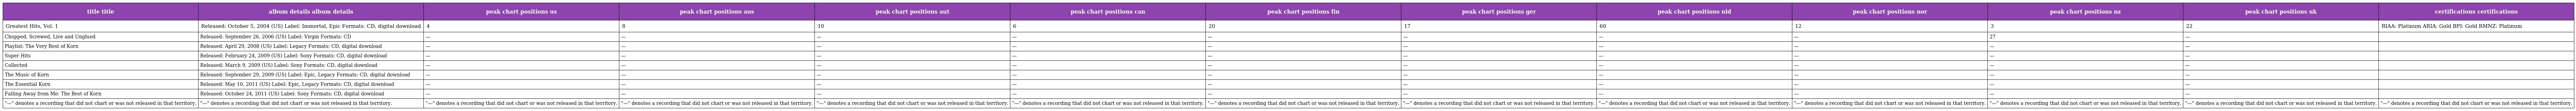
| title title | album details album details | peak chart positions us | peak chart positions aus | peak chart positions aut | peak chart positions can | peak chart positions fin | peak chart positions ger | peak chart positions nld | peak chart positions nor | peak chart positions nz | peak chart positions uk | certifications certifications |
 | --- | --- | --- | --- | --- | --- | --- | --- | --- | --- | --- | --- | --- |
 | Greatest Hits, Vol. 1 | Released: October 5, 2004 (US) Label: Immortal, Epic Formats: CD, digital download | 4 | 8 | 10 | 6 | 20 | 17 | 60 | 12 | 3 | 22 | RIAA: Platinum ARIA: Gold BPI: Gold RMNZ: Platinum |
 | Chopped, Screwed, Live and Unglued | Released: September 26, 2006 (US) Label: Virgin Formats: CD | — | — | — | — | — | — | — | — | 27 | — |  |
 | Playlist: The Very Best of Korn | Released: April 29, 2008 (US) Label: Legacy Formats: CD, digital download | — | — | — | — | — | — | — | — | — | — |  |
 | Super Hits | Released: February 24, 2009 (US) Label: Sony Formats: CD, digital download | — | — | — | — | — | — | — | — | — | — |  |
 | Collected | Released: March 9, 2009 (US) Label: Sony Formats: CD, digital download | — | — | — | — | — | — | — | — | — | — |  |
 | The Music of Korn | Released: September 29, 2009 (US) Label: Epic, Legacy Formats: CD, digital download | — | — | — | — | — | — | — | — | — | — |  |
 | The Essential Korn | Released: May 10, 2011 (US) Label: Epic, Legacy Formats: CD, digital download | — | — | — | — | — | — | — | — | — | — |  |
 | Falling Away from Me: The Best of Korn | Released: October 24, 2011 (US) Label: Sony Formats: CD, digital download | — | — | — | — | — | — | — | — | — | — |  |
 | "—" denotes a recording that did not chart or was not released in that territory. | "—" denotes a recording that did not chart or was not released in that territory. | "—" denotes a recording that did not chart or was not released in that territory. | "—" denotes a recording that did not chart or was not released in that territory. | "—" denotes a recording that did not chart or was not released in that territory. | "—" denotes a recording that did not chart or was not released in that territory. | "—" denotes a recording that did not chart or was not released in that territory. | "—" denotes a recording that did not chart or was not released in that territory. | "—" denotes a recording that did not chart or was not released in that territory. | "—" denotes a recording that did not chart or was not released in that territory. | "—" denotes a recording that did not chart or was not released in that territory. | "—" denotes a recording that did not chart or was not released in that territory. | "—" denotes a recording that did not chart or was not released in that territory. |